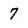
Character: 7